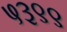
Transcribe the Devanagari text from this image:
५३९९